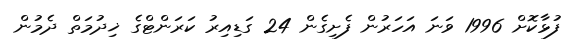
ފުޅާކޮށް 1996 ވަނަ އަހަރުން ފެށިގެން 24 ގަޑިއިރު ކަރަންޓްގެ ޚިދުމަތް ދެމުން